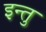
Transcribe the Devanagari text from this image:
इन्तु